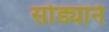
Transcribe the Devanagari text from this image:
सोड्याने